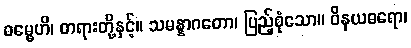
ဓမ္မေဟိ၊ တရားတို့နှင့်။ သမန္နာဂတော၊ ပြည့်စုံသော။ ဝိနယဓရော၊